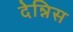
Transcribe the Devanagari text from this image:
देन्निस